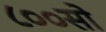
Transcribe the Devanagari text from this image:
८००सो